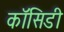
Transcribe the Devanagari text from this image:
कॉसिडी